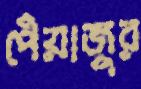
পেঁয়াজুর